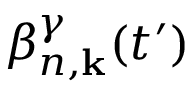
\beta _ { n , \mathbf { k } } ^ { \gamma } ( t ^ { \prime } )